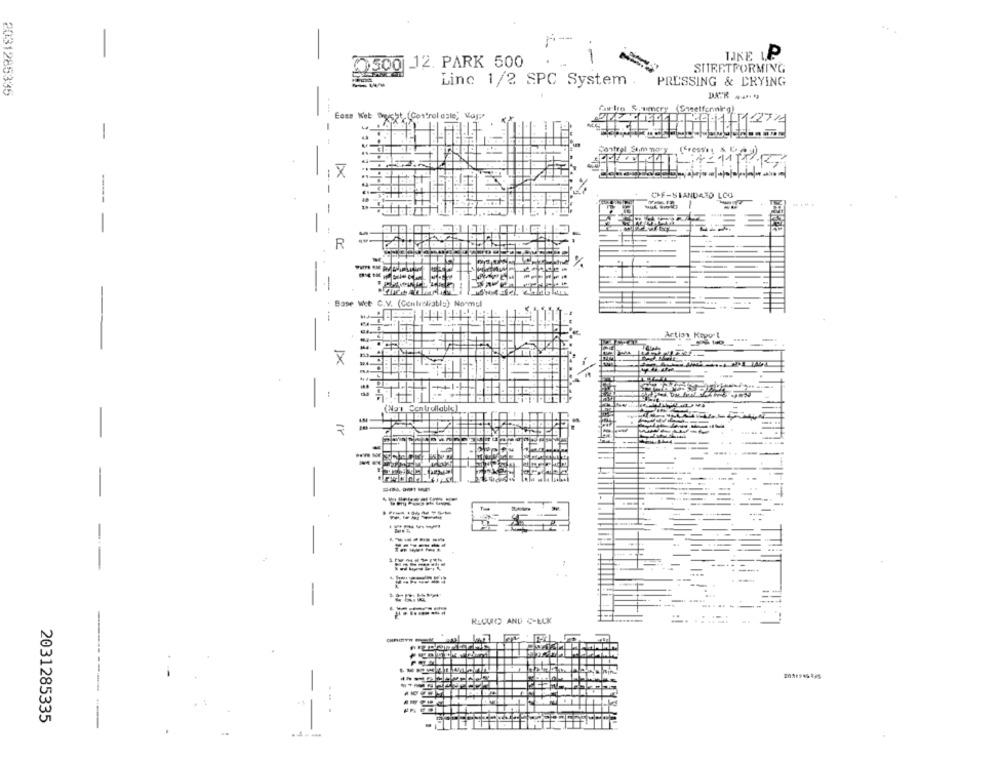
-
IJKE P
01500 12. PARK 500
SHEETPORMING
Linc 1/2 SPC System
PRESSING & DRYING
2031285335
Ease Wet Wucht (Control asle, Vap
Car lin Shumery (Seeetferinirg)
-
2019111124
-
X
CF-SIANDARD LOG
-- -
R
%
Base Wet C.V. (Cenireliably) Normcl
Artion K
-
x
-
-
-
-
--
-
RECUO AND C-LUK
un
2031285335
--!